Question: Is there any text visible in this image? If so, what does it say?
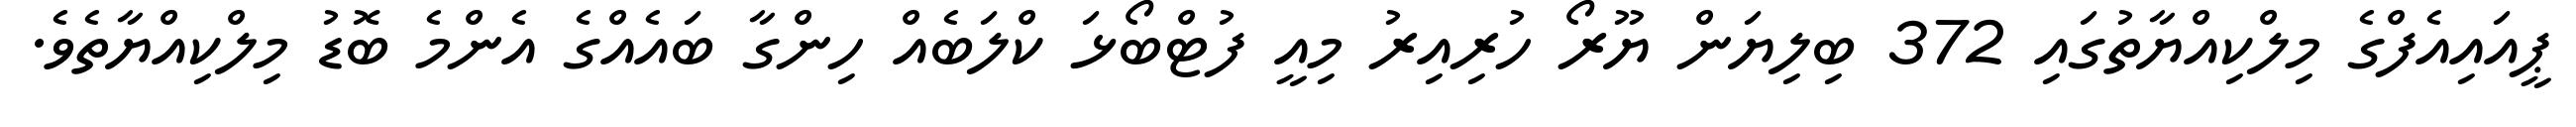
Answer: ޕީއައިއެފްގެ މިލްކިއްޔާތުގައި 372 ބިލިޔަން ޔޫރޯ ހުރިއިރު މިއީ ފުޓްބޯޅަ ކްލަބެއް ހިންގާ ބައެއްގެ އެންމެ ބޮޑު މިލްކިއްޔާތެވެ.